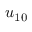
u _ { 1 0 }